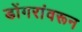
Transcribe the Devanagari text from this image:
डोंगरांवरून